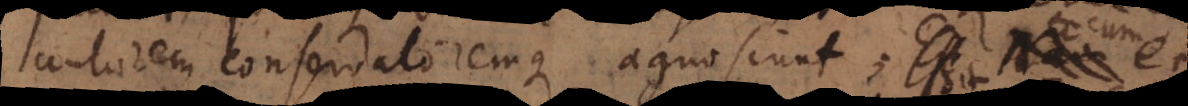
utorem conservatoremque agnoscunt, cum et